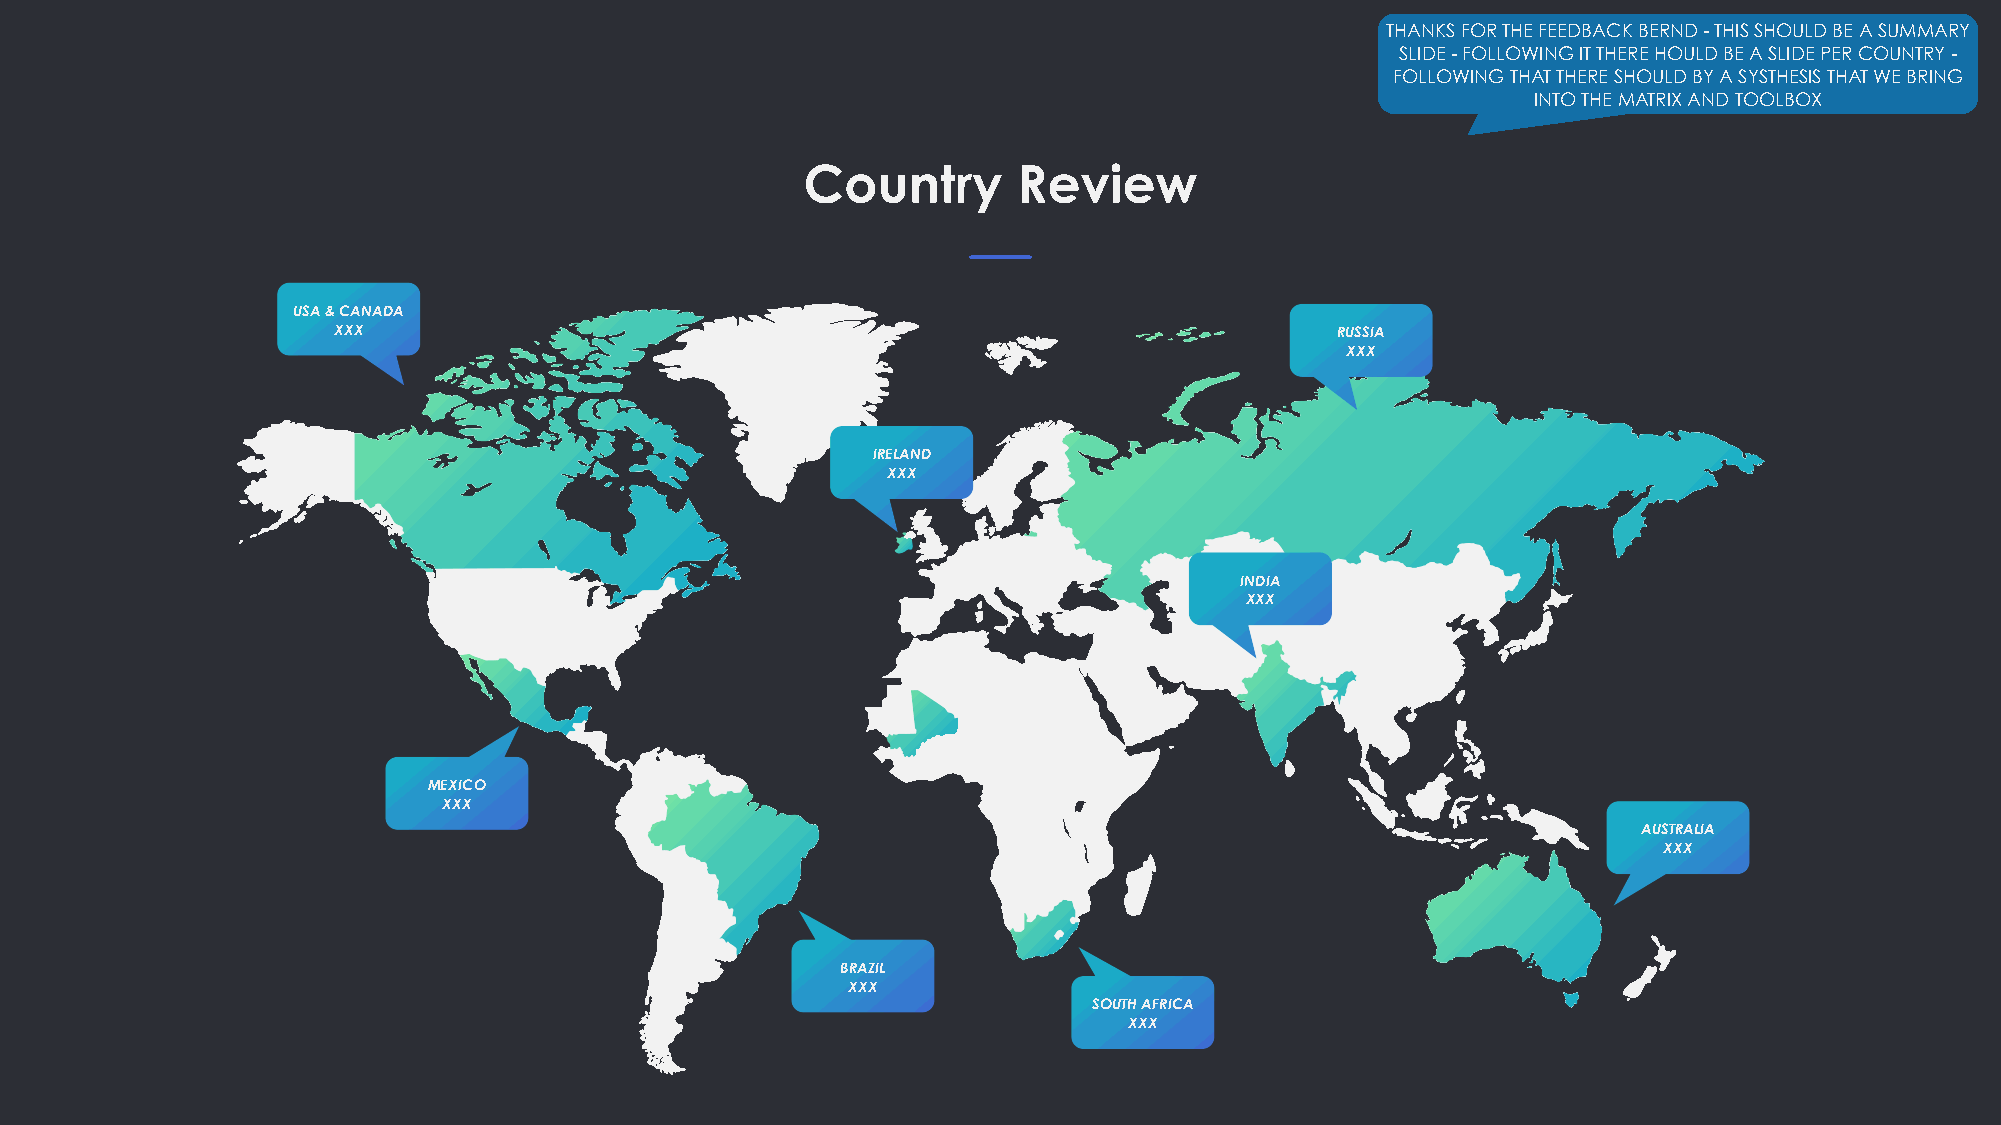
THANKS FOR THE FEEDBACK BERND - THIS SHOULD BE A SUMMARY
 SLIDE - FOLLOWING IT THERE HOULD BE A SLIDE PER COUNTRY -
 FOLLOWING THAT THERE SHOULD BY A SYSTHESIS THAT WE BRING
 INTO THE MATRIX AND TOOLBOX
 Country       Review
 USA & CANADA
 XXX                                                               RUSSIA
 XXX
 IRELAND
 XXX
 INDIA
 XXX
 MEXICO
 XXX
 AUSTRALIA
 XXX
 BRAZIL
 XXX
 SOUTH AFRICA
 XXX